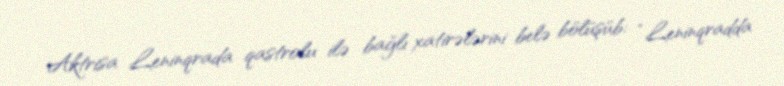
Aktrisa Leninqrada qastrolu ilə bağlı xatirələrini belə bölüşüb: “Leninqradda